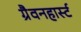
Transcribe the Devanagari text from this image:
ग्रैवनहार्स्ट